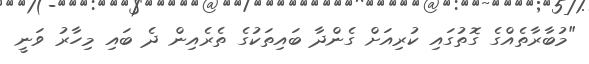
"މުބާރާތެއްގެ ގޮތުގައި ކުރިއަށް ގެންދާ ބައިތަކުގެ ތެރެއިން ދެ ބައި މިހާރު ވަނީ